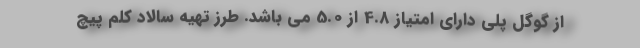
از گوگل پلی دارای امتیاز 4.8 از 5.0 می باشد. طرز تهیه سالاد کلم پیچ